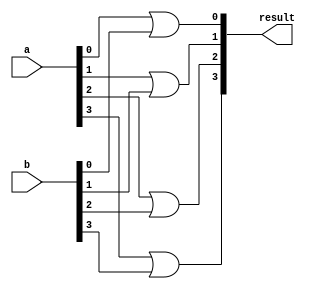
// 4 Bit OR Module with Structural Verilog
module Or4Bit(output[3:0] result,
				  input[3:0] a, 
				  input[3:0] b);

	or or1(result[0], a[0], b[0]);
	or or2(result[1], a[1], b[1]);
	or or3(result[2], a[2], b[2]);
	or or4(result[3], a[3], b[3]);

endmodule